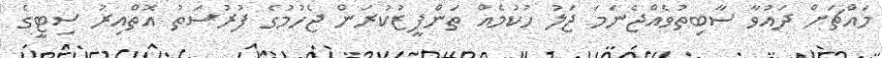
މައްޗަށް ދައުވާ ސާބިތުވެއްޖެނަމަ ޖަލު ހުކުމެއް ތަންފީޒުކުރަން ޖެހުމުގެ ފުރުސަތު އޮތްއިރު ސިޓީގެ